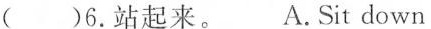
( )6.站起来. A. Sit down